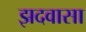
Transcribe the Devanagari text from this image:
झदवासा